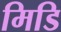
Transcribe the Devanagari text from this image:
मिडि